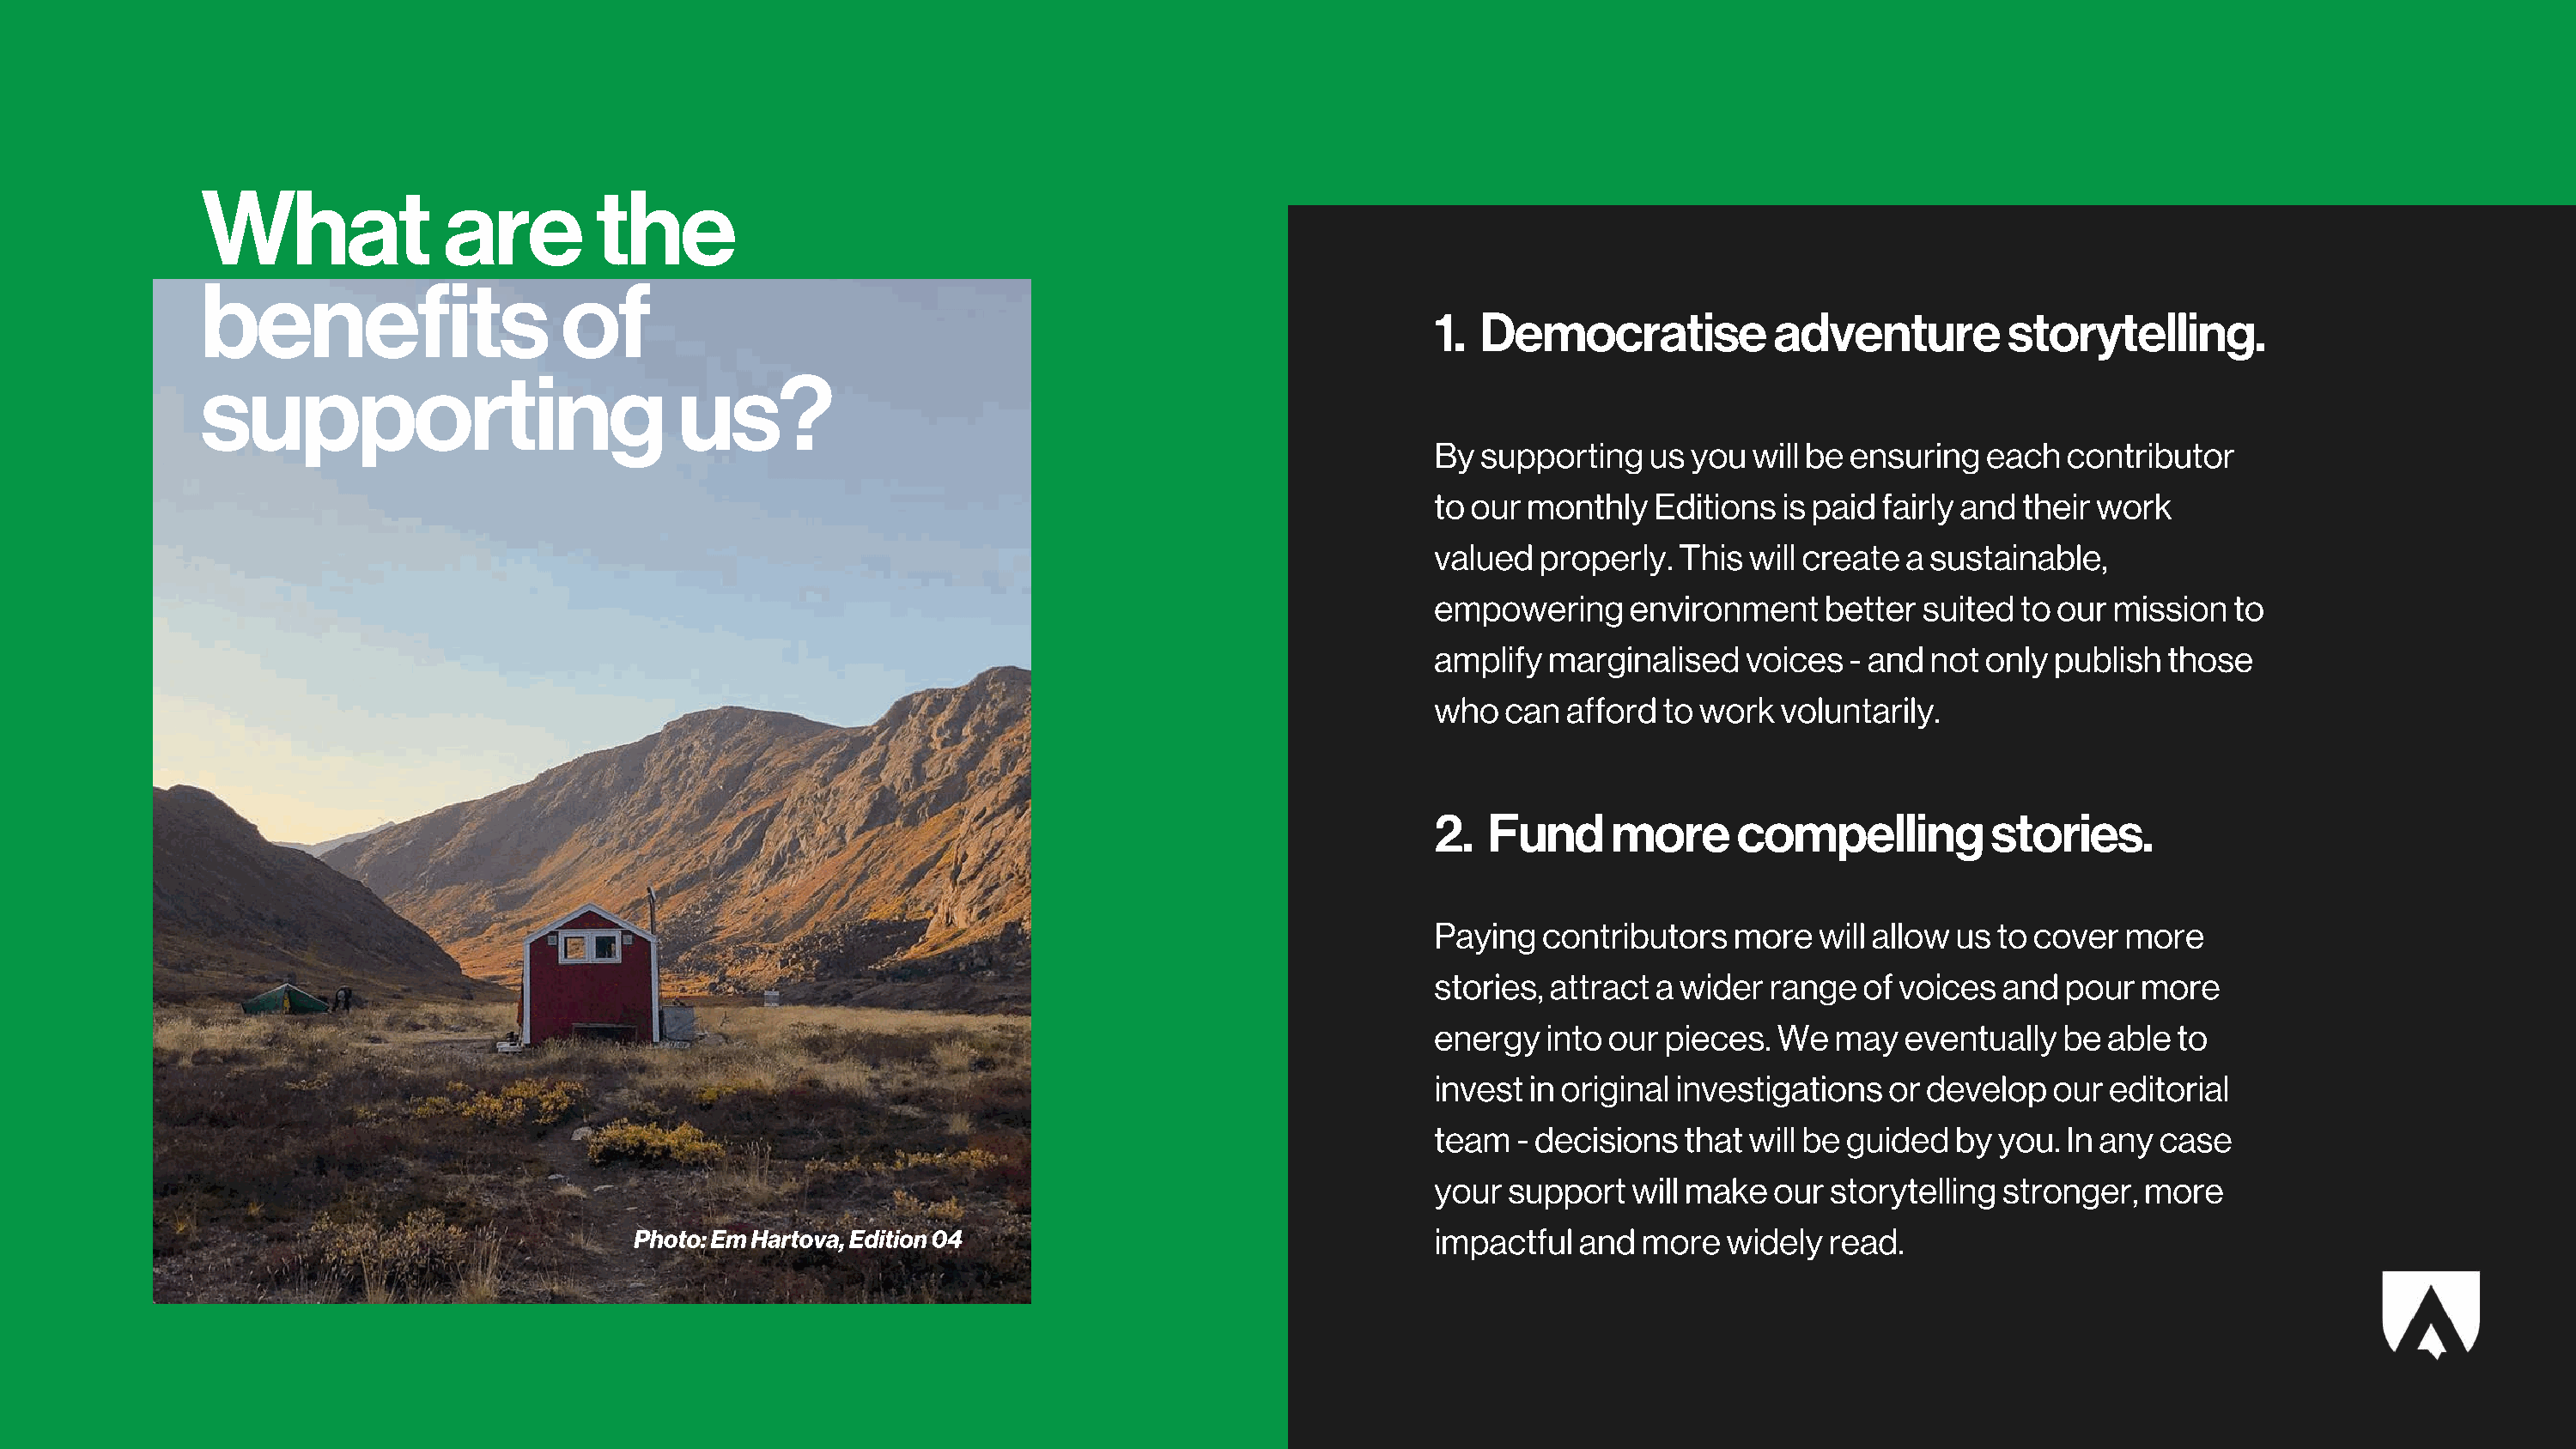
What               are         the
 benefits                    of
 1. Democratise            adventure         storytelling.
 supporting                           us?
 By supporting   us you  will be ensuring  each  contributor
 to our monthly   Editions is paid fairly and their work
 valued  properly. This  will create a sustainable,
 empowering     environment    better suited  to our mission  to
 amplify marginalised    voices  - and not only publish  those
 who  can  afford to work  voluntarily.
 2.  Fund     more      compelling          stories.
 Paying  contributors   more  will allow us to cover  more
 stories, attract a wider range   of voices and  pour  more
 energy  into our pieces.  We  may   eventually  be able  to
 invest in original investigations  or develop  our  editorial
 team  - decisions  that will be guided  by you. In any case
 your support   will make  our storytelling stronger,  more
 Photo: Em Hartova, Edition 04                                 impactful  and  more  widely  read.